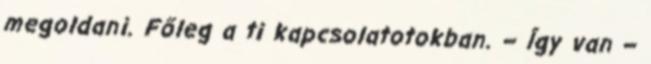
megoldani. Főleg a ti kapcsolatotokban. – Így van –